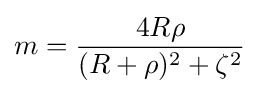
m={\frac {4R\rho }{(R+\rho )^{2}+\zeta ^{2}}}